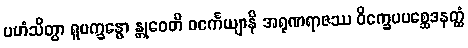
ပဟံသိတွာ ရူပက္ခန္ဓော န္တုဝေတိ ဝင်္ကေယျာနိ အရုဏရာဇဿ ဝိက္ခေပပစ္ဆေဒနတ္ထံ